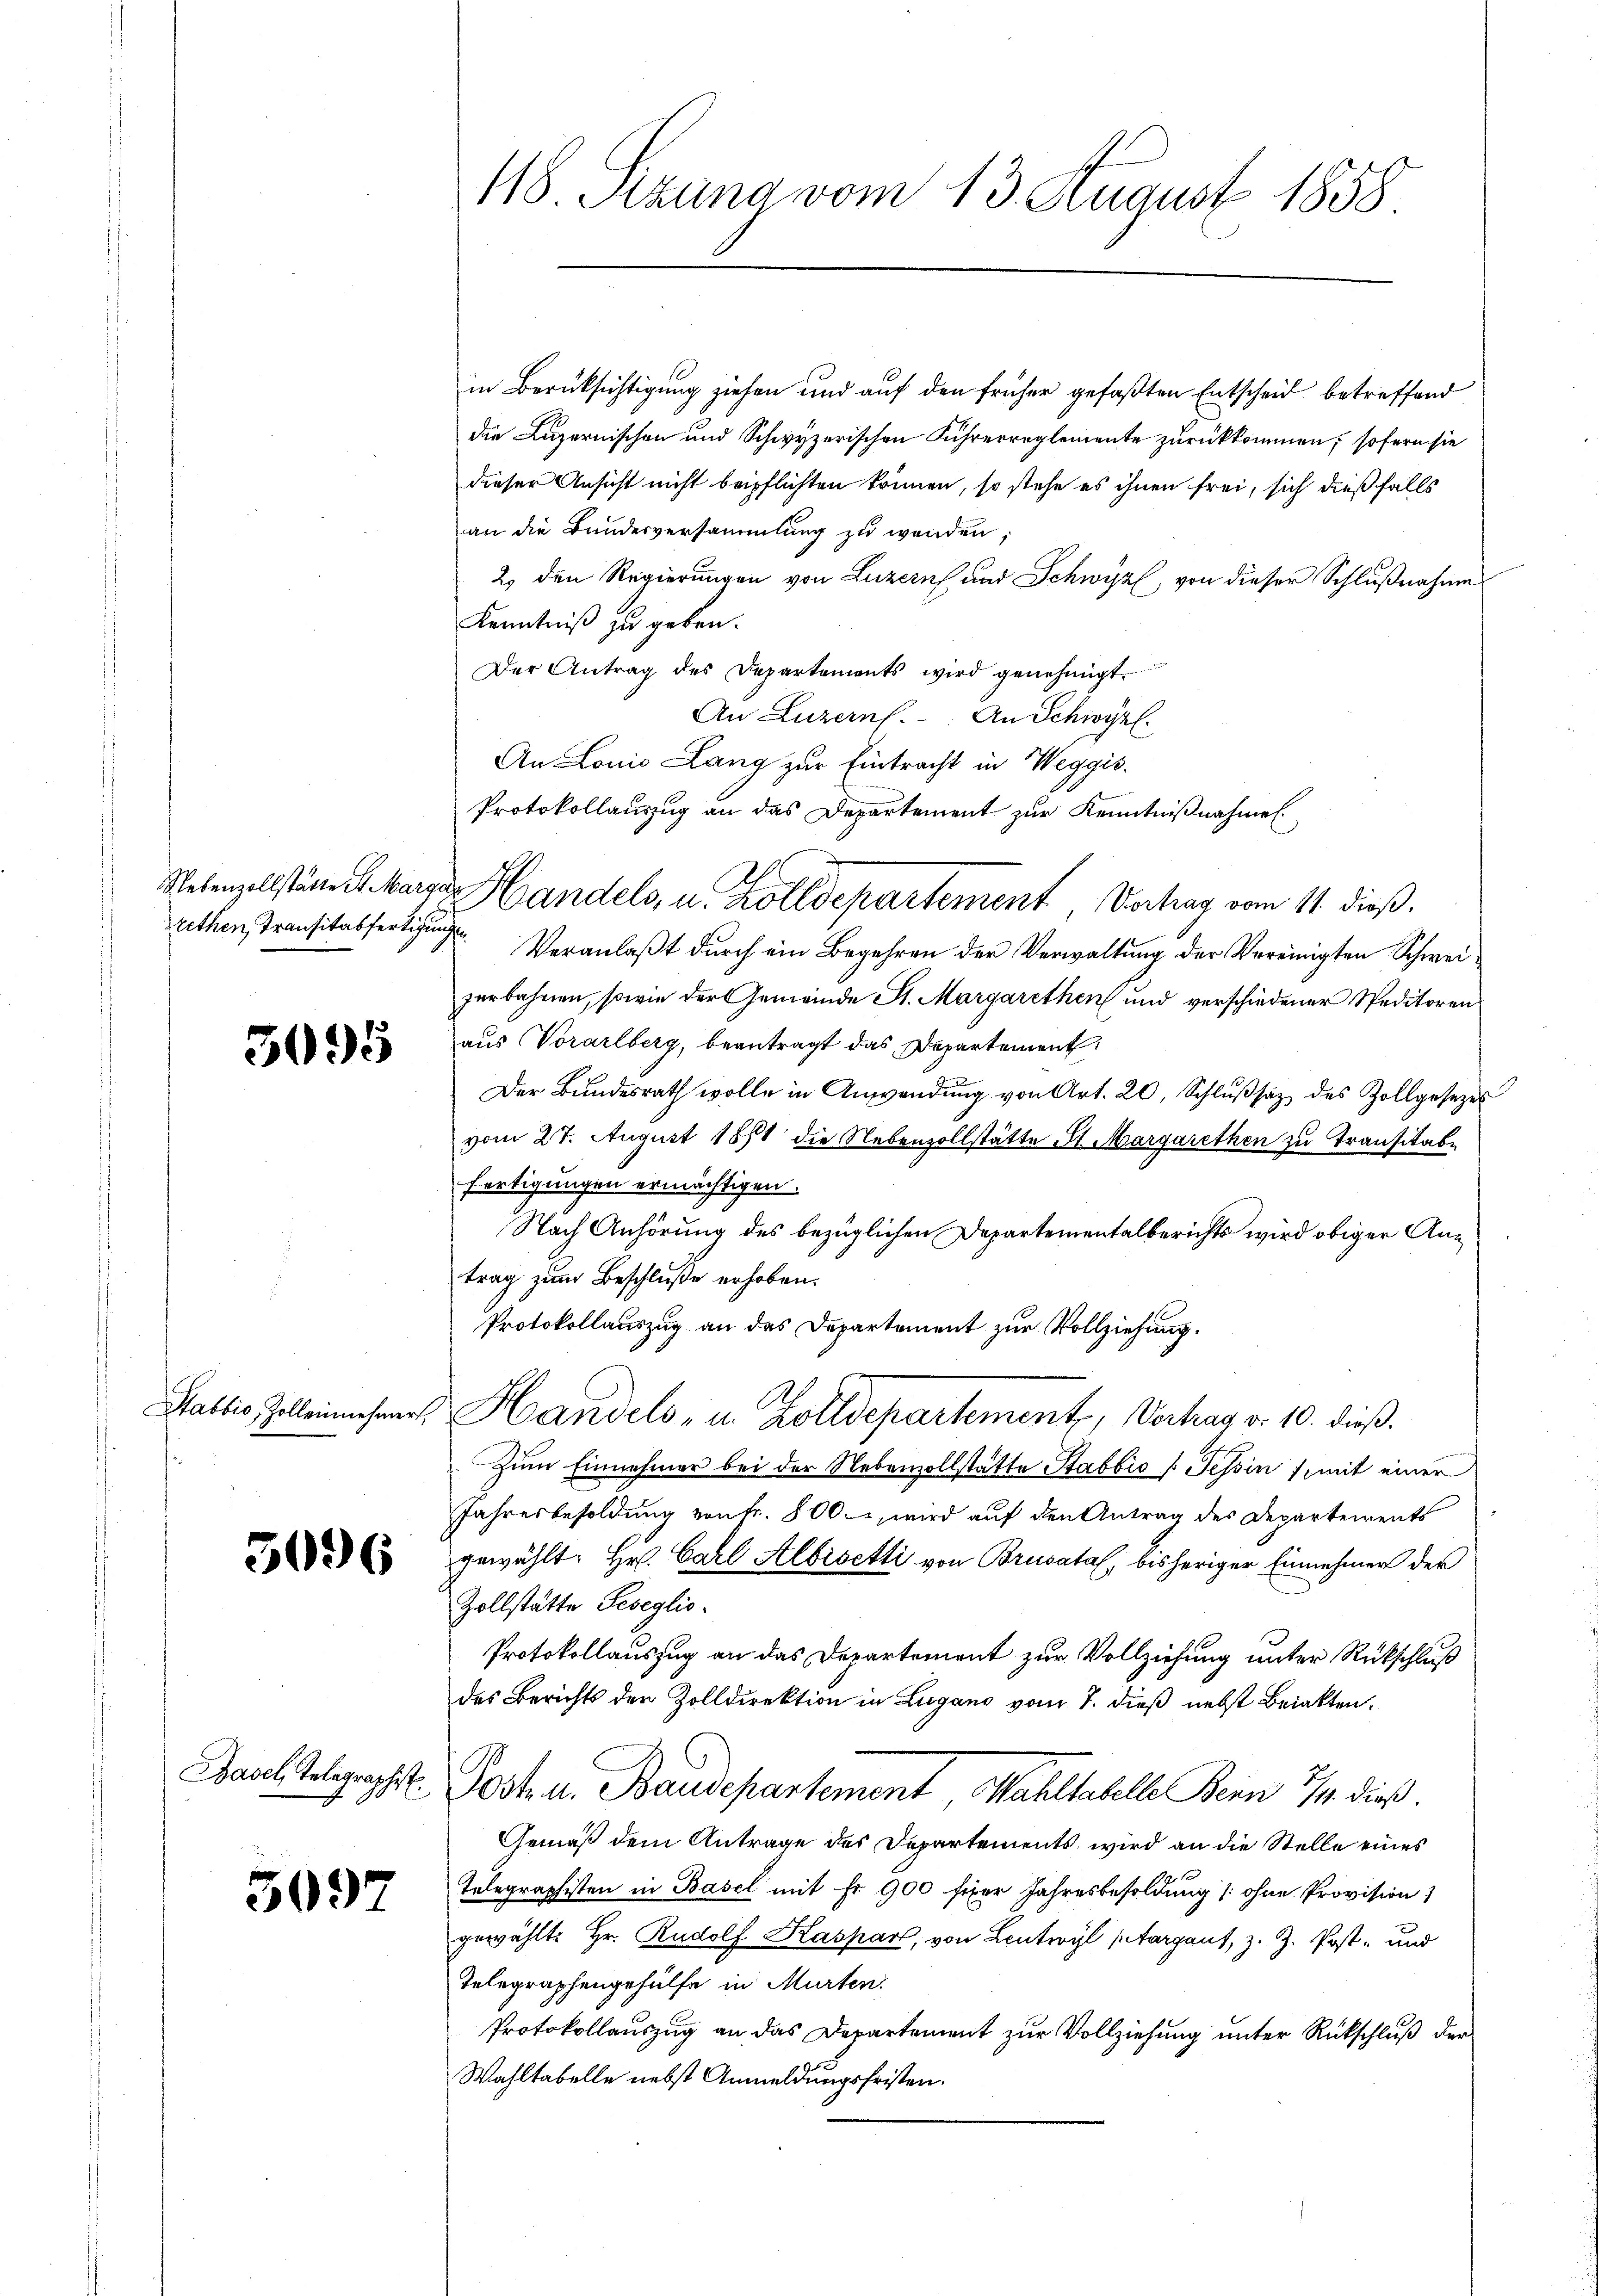
rethen, Transitabfertigun

3095

Stabbio, Zolleinehmer,

5096

5097

118. Sitzung vom 13. August 1858

in Berücksichtigung ziehen und auf den früher gefaßten Entscheid betreffend
die Luzernischen und Schwyzerischen Führerreglemente zurückkommen, sofern sie
dieser Ansicht nicht beipflichten trinnen, so stehe es ihnen frei, sich dießfalls
an die Bundesversammlung zu wenden;
2. den Regierungen von Luzern und Schwyz, von dieser Schlußnahme
Kenntniß zu geben.
Der Antrag des Departements wird genehmigt.
An Luzern. An Schwyz.
An Lonio Lang zur Eintracht in Weggis.
Protokollauszug an das Departement zur Kenntnißnahmen.
 Veranlaßt durch ein Begehren der Verwaltung der Vereinigten Schweizerbahnen, sowie der Gemeinde St. Margarethen und verschiedener Speditoren
aus Vorarlberg, beantragt das Departement
Der Bundesrath wolle in Anwendung von Art. 20, Schlŭβsaz des Zollgesezes
vom 27. August 1861 die Nebenzollstätte St. Margarethen zu Transitäte
fertigungen ermächtigen.
Nach Anhörung des bezüglichen Departementalberichts wird obiger Antrag zum Beschluße erhoben.
Protokollauszug an das Departement zur Vollziehung.
Handels, u. Zolldepartement, Verhag v. 10. dieß.
Zum Einnehmer bei der Nebenzollstätte Stabbio /: Tessin, mit einer
Jahresbesoldung von Fr. 800, wird auf den Antrag des Departements
gewählt: Hr. Carl Albisetti von Brusatal, bisheriger Einnehmer der
Zollstätte Geseglio-
Protokollauszug an das Departement zur Vollziehung unter Rückschluß
des Berichts den Zolldirektion in Lugano vom 7. dieß nebst Briakten.
Dachtelgeht. Post- u. Baudepartement, Mahltabelle Bein 1/4. dieß.
Gemäß dem Antrage des Departements wird an die Stelle eines
Telegraphisten in Basel mit Fr. 900 fixer Jahresbesoldung (ohne Provision)
gewählt: Hr. Rudolf Kaspar, von Lintwyl stargant, z. Z. Post- und
Telegraphengehülfe in Murten
Protokollauszug an das Departement zur Vollziehung unter Rückschluß der
Wahltabelle nebst Anmeldungsfristen.

Rebenzollständert Margen Handels, u. ihre alle artement, Vertrag vom 11. dieß.